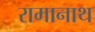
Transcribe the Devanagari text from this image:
रामानाथ